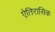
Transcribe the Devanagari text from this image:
ऐतिरासिक